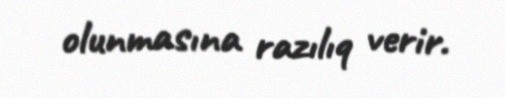
olunmasına razılıq verir.